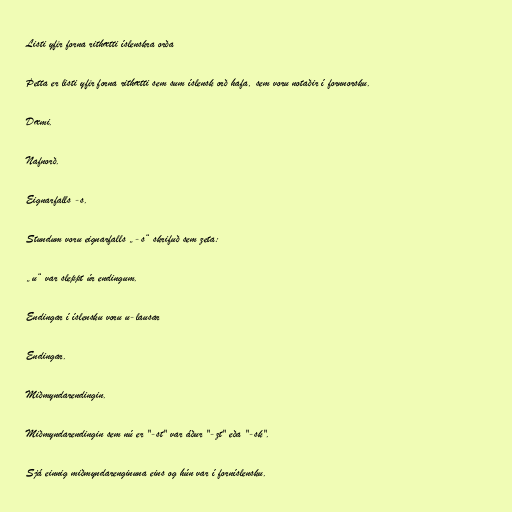
Listi yfir forna rithætti íslenskra orða

Þetta er listi yfir forna rithætti sem sum íslensk orð hafa, sem voru notaðir í fornnorsku.

Dæmi.

Nafnorð.

Eignarfalls -s.

Stundum voru eignarfalls „-s“ skrifuð sem zeta:

„u“ var sleppt úr endingum.

Endingar í íslensku voru u-lausar

Endingar.

Miðmyndarendingin.

Miðmyndarendingin sem nú er "-st" var áður "-zt" eða "-sk".

Sjá einnig miðmyndarenginuna eins og hún var í forníslensku.